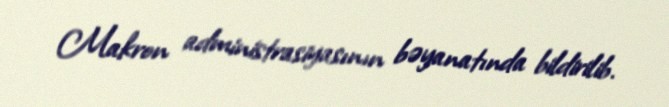
Makron administrasiyasının bəyanatında bildirilib.